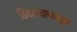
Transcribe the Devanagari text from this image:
हिवाळ्यापासून